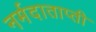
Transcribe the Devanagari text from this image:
नर्मदाताप्ती